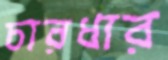
চারধার